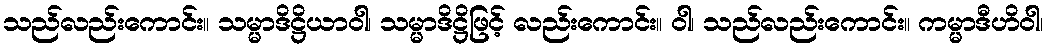
သည်လည်းကောင်း။ သမ္မာဒိဋ္ဌိယာဝါ၊ သမ္မာဒိဋ္ဌိဖြင့် လည်းကောင်း။ ဝါ၊ သည်လည်းကောင်း။ ကမ္မာဒီဟိဝါ၊